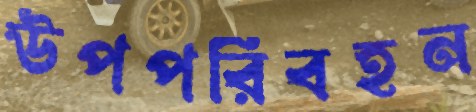
উপপরিবহন